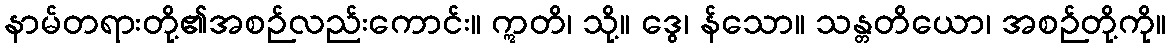
နာမ်တရားတို့၏အစဉ်လည်းကောင်း။ ဣတိ၊ သို့။ ဒွေ၊ န်သော။ သန္တတိယော၊ အစဉ်တို့ကို။